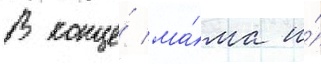
В конце́ ма́ма и́